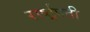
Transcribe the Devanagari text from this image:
रार्ष्ट्रपती